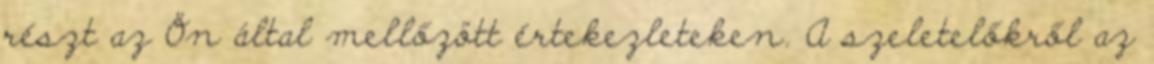
részt az Ön által mellőzött értekezleteken. A szeletelőkről az